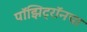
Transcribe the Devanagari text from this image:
पॉझिट्रॉनचा